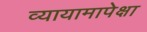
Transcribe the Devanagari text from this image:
व्यायामापेक्षा